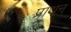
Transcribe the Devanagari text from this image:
प्राथन